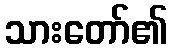
သားတော်၏